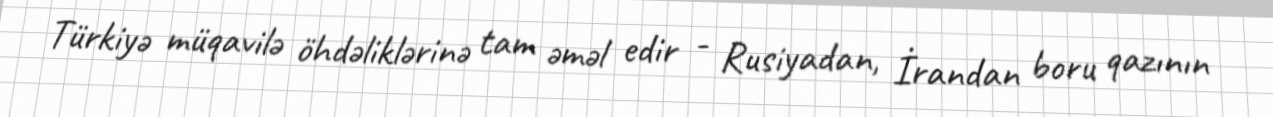
Türkiyə müqavilə öhdəliklərinə tam əməl edir - Rusiyadan, İrandan boru qazının